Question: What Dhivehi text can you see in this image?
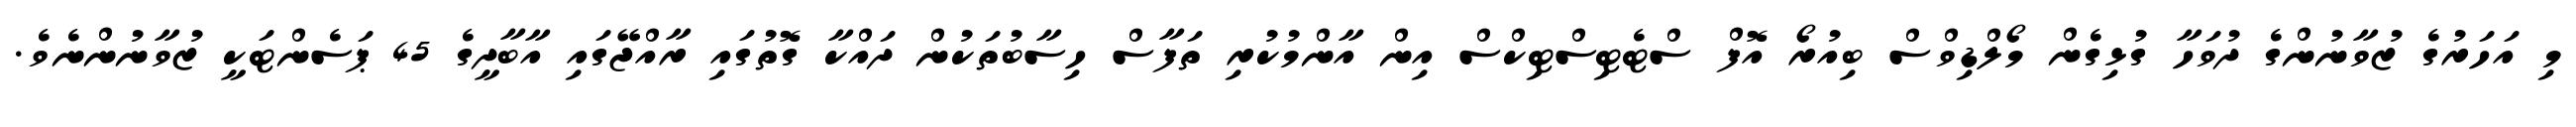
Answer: މި އަހަރުގެ ޒުވާނުންގެ ދުވަހާ ގުޅިގެން މޯލްޑިވްސް ބިއުރޯ އޮފް ސްޓެޓިސްޓިކްސް އިން އާންމުކުރި ތަފާސް ހިސާބުތަކުން ދައްކާ ގޮތުގައި ރާއްޖޭގައި އާބާދީގެ 45 ޕަސެންޓަކީ ޒުވާނުންނެވެ.